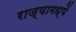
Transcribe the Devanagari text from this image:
राज्यामध्यें